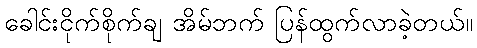
ခေါင်းငိုက်စိုက်ချ အိမ်ဘက် ပြန်ထွက်လာခဲ့တယ်။